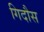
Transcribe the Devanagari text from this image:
गिदौस